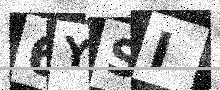
Text: 6YSI